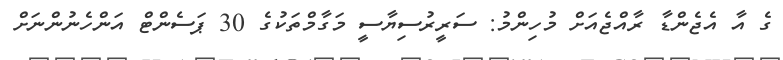
ގެ އާ އެޖެންޑާ ރާއްޖެއަށް މުހިންމު: ސަރީރުސިޔާސީ މަގާމްތަކުގެ 30 ޕަސެންޓް އަންހެނުންނަށް